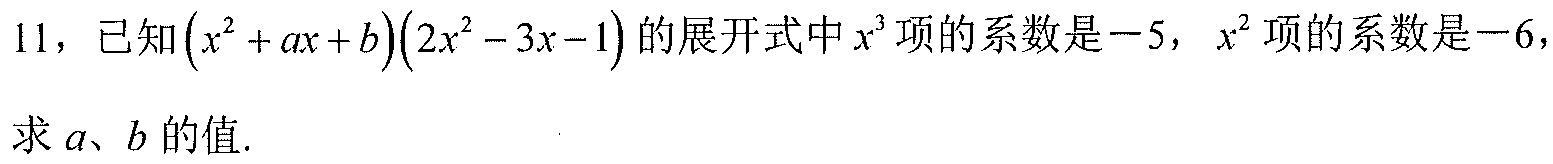
11，已知\((x^{2}+ax + b)(2x^{2}-3x - 1)\)的展开式中\(x^{3}\)项的系数是\(-5\)，\(x^{2}\)项的系数是\(-6\)，
求\(a\)、\(b\)的值.